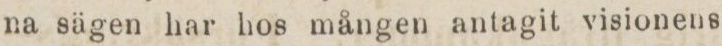
na sägen har hos mången antagit visionens